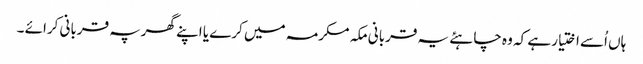
ہاں اُسے اختیار ہے کہ وہ چاہئے یہ قربانی مکہ مکرمہ میں کرے یا اپنے گھرپہ قربانی کرائے ۔